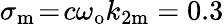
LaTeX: \sigma_{\mathrm{m}}\! =\! c\omega_{\mathrm{o}}k_{2\mathrm{m}}=0.3